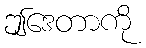
ဤဒေတာကို